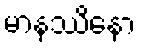
မာနဿိနော